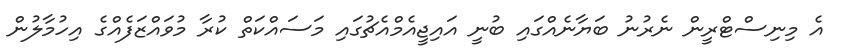
އެ މިނިސްޓްރީން ނެރުނު ބަޔާނެއްގައި ބުނީ އައިޖީއެމްއެޗުގައި މަސައްކަތް ކުރާ މުވައްޒަފެއްގެ އިހުމާލުން